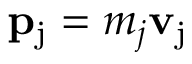
\mathbf { p } _ { \mathrm { { j } } } = m _ { j } \mathbf { v } _ { \mathrm { { j } } } \,